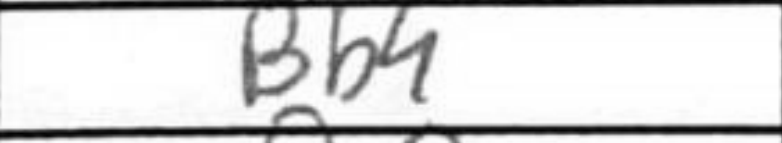
Transcription: Bb4